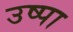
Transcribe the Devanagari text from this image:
उष्पा